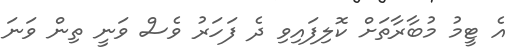
އެ ޓީމު މުބާރާތަށް ކޮލިފައިވި ދެ ފަހަރު ވެސް ވަނީ ތިން ވަނަ